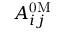
A _ { i j } ^ { \mathrm { 0 M } }